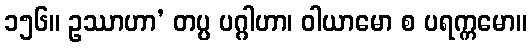
၁၅၆။ ဥဿာဟာ’ တပ္ပ ပဂ္ဂါဟာ၊ ဝါယာမော စ ပရက္ကမော။